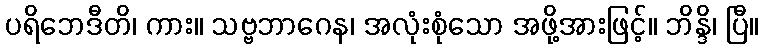
ပရိဘေဒီတိ၊ ကား။ သဗ္ဗဘာဂေန၊ အလုံးစုံသော အဖို့အားဖြင့်။ ဘိန္ဒိ၊ ပြီ။